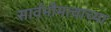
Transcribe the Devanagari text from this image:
सार्वभौमत्वाच्या